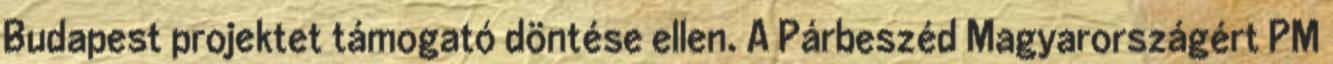
Budapest projektet támogató döntése ellen. A Párbeszéd Magyarországért PM